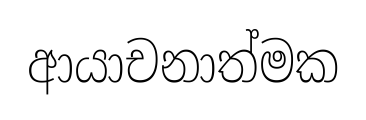
ආයාචනාත්මක